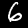
Label: 6